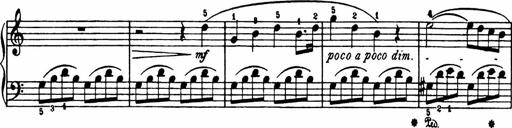
Title: Analytical Sonatinas
Composer: Frank Lynes